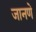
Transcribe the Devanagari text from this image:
जानणे